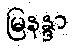
မြနန္ဒာ